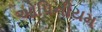
ઓપિનીયમ